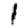
Digit: 1